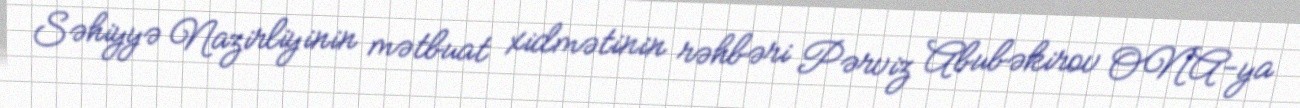
Səhiyyə Nazirliyinin mətbuat xidmətinin rəhbəri Pərviz Abubəkirov ONA-ya